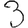
Digit: 3